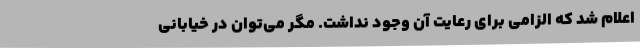
اعلام شد که الزامی برای رعایت آن وجود نداشت. مگر می‌توان در خیابانی